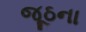
જૂઠના